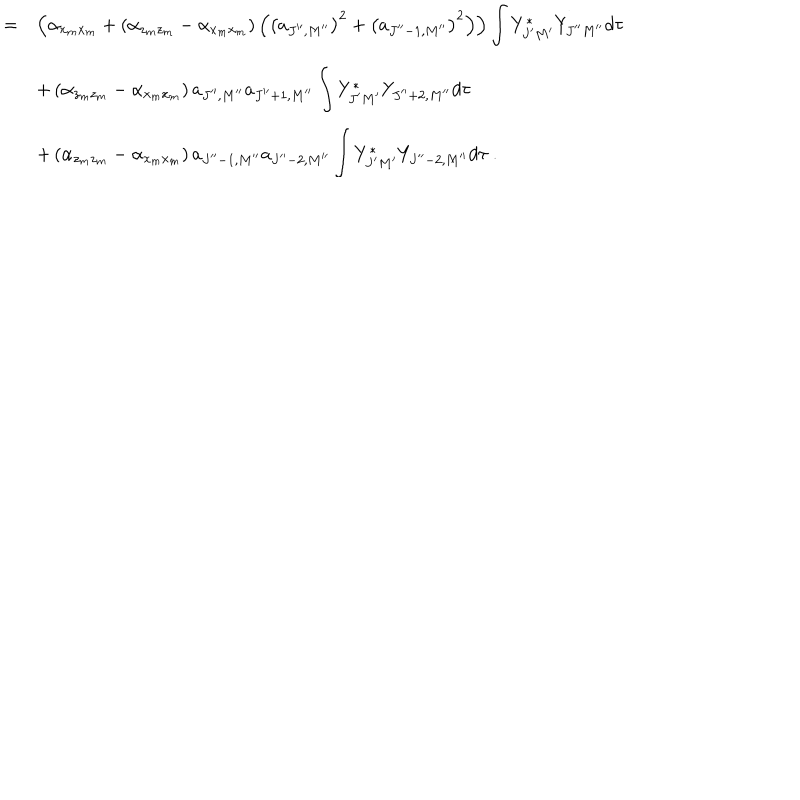
\begin{array} { r c l } { { } } & { { = } } & { { \left( \alpha _ { x _ { m } x _ { m } } + \left( \alpha _ { z _ { m } z _ { m } } - \alpha _ { x _ { m } x _ { m } } \right) \left( \left( a _ { J ^ { \prime \prime } , M ^ { \prime \prime } } \right) ^ { 2 } + \left( a _ { J ^ { \prime \prime } - 1 , M ^ { \prime \prime } } \right) ^ { 2 } \right) \right) \displaystyle \int Y _ { J ^ { \prime } M ^ { \prime } } ^ { \ast } Y _ { J ^ { \prime \prime } M ^ { \prime \prime } } d \tau } } \\ { { } } & { { } } & { { + \left( \alpha _ { z _ { m } z _ { m } } - \alpha _ { x _ { m } x _ { m } } \right) a _ { J ^ { \prime \prime } , M ^ { \prime \prime } } a _ { J ^ { \prime \prime } + 1 , M ^ { \prime \prime } } \displaystyle \int Y _ { J ^ { \prime } M ^ { \prime } } ^ { \ast } Y _ { J ^ { \prime \prime } + 2 , M ^ { \prime \prime } } d \tau } } \\ { { } } & { { } } & { { + \left( \alpha _ { z _ { m } z _ { m } } - \alpha _ { x _ { m } x _ { m } } \right) a _ { J ^ { \prime \prime } - 1 , M ^ { \prime \prime } } a _ { J ^ { \prime \prime } - 2 , M ^ { \prime \prime } } \displaystyle \int Y _ { J ^ { \prime } M ^ { \prime } } ^ { \ast } Y _ { J ^ { \prime \prime } - 2 , M ^ { \prime \prime } } d \tau ~ . } } \\ \end{array}